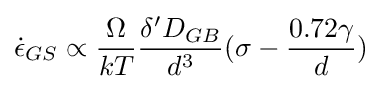
{\dot {\epsilon }}_{GS}\propto {\frac {\Omega }{kT}}{\frac {\delta 'D_{GB}}{d^{3}}}(\sigma -{\frac {0.72\gamma }{d}})